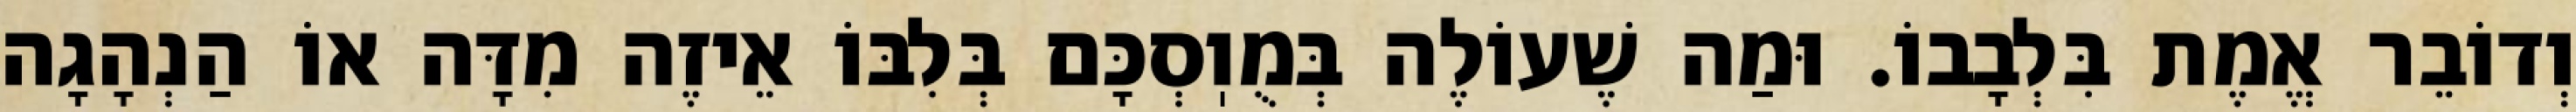
וְדוֹבֵר אֱמֶת בִּלְבָבוֹ. וּמַה שֶׁעוֹלֶה בְּמֻוֽסְכָּם בְּלִבּוֹ אֵיזֶה מִדָּה אוֹ הַנְהָגָה